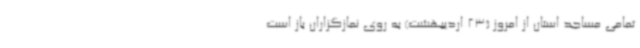
تمامی مساجد استان از امروز (23 اردیبهشت) به روی نمازگزاران باز است